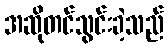
အဆိုတင်သွင်းခဲ့သည်